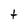
Character: t